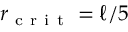
r _ { \mathrm { ~ c ~ r ~ i ~ t ~ } } = \ell / 5